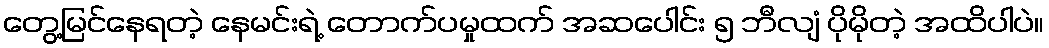
တွေ့မြင်နေရတဲ့ နေမင်းရဲ့ တောက်ပမှုထက် အဆပေါင်း ၅ ဘီလျံ ပိုမိုတဲ့ အထိပါပဲ။